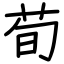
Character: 荀